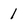
Character: 1